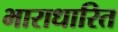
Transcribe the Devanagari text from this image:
भाराधारित